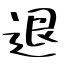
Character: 退